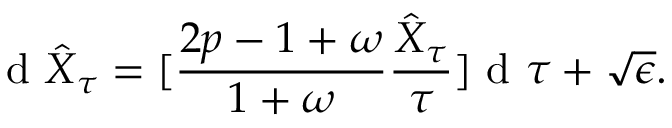
\textrm { d } \hat { X } _ { \tau } = [ \frac { 2 p - 1 + \omega } { 1 + \omega } \frac { \hat { X } _ { \tau } } { \tau } ] \textrm { d } \tau + \sqrt { \epsilon } .